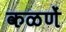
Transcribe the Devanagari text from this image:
कळणें